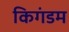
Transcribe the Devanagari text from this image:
किगंडम